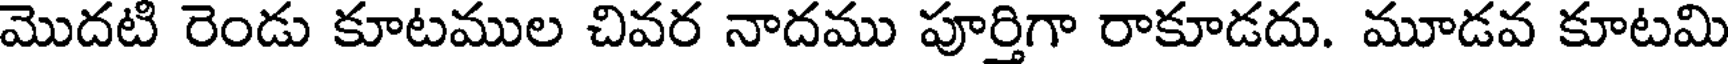
మొదటి రెండు కూటముల చివర నాదము పూర్తిగా రాకూడదు. మూడవ కూటమి